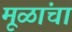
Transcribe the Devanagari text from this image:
मूळांचा